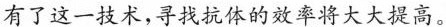
有了这一技术，寻找抗体的效率将大大提高。